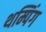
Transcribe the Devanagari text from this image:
थम्पिंग